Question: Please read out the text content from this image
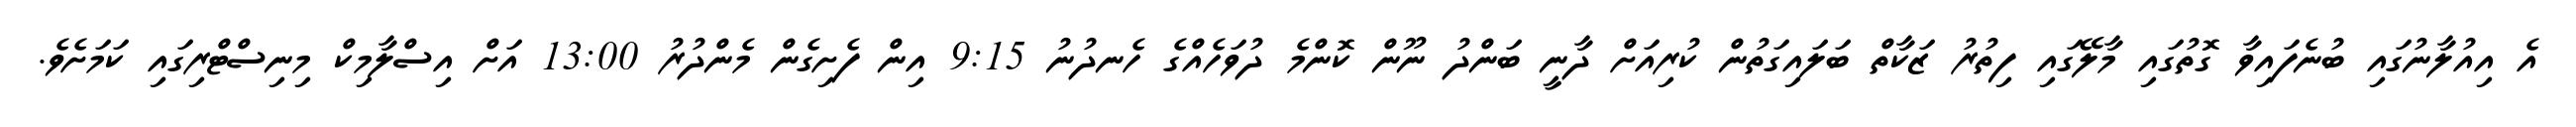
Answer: އެ އިއުލާނުގައި ބުނެފައިވާ ގޮތުގައި މާލޭގައި ފިތުރު ޒަކާތް ބަލައިގަތުން ކުރިއަށް ދާނީ ބަންދު ނޫން ކޮންމެ ދުވަހެއްގެ ހެނދުނު 9:15 އިން ފެށިގެން މެންދުރު 13:00 އަށް އިސްލާމިކް މިނިސްޓްރިގައި ކަމަށެވެ.